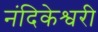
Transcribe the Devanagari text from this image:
नंदिकेश्वरी